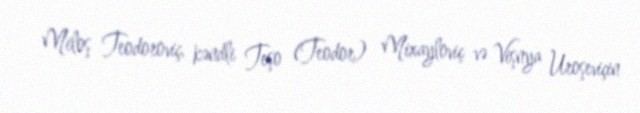
Miloş Teodoroviç, kəndli Teşo (Teodor) Mixayloviç və Vişnya Uroşeviçin